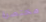
مختصرة